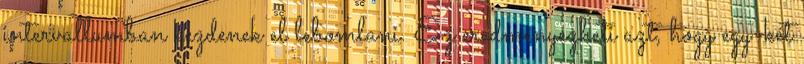
intervallumban kezdenek el lebomlani. Ez eredményezheti azt, hogy egy-két